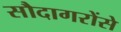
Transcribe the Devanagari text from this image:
सौदागरोंसे